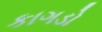
કાગડો